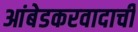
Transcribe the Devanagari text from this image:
आंबेडकरवादाची